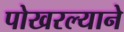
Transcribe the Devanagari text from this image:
पोखरल्याने